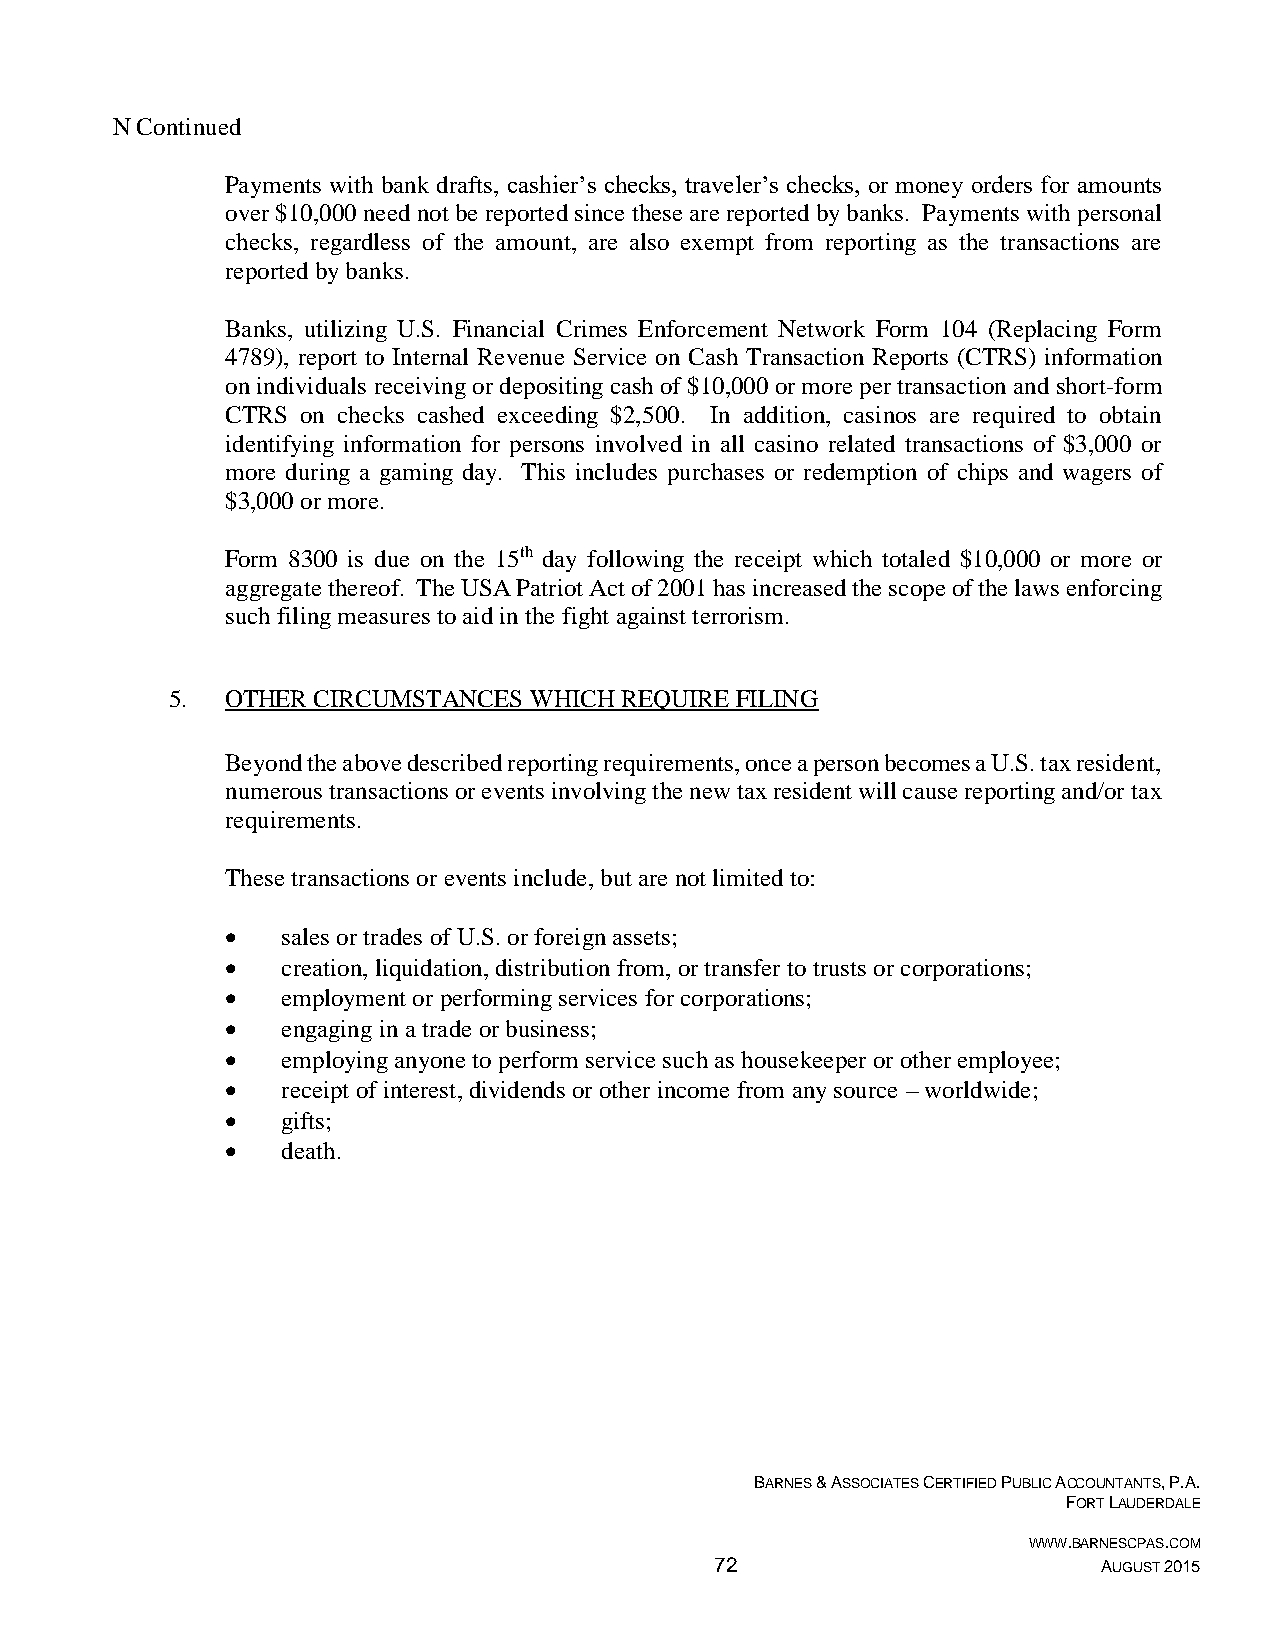
N Continued
 Payments with bank drafts, cashier’s checks, traveler’s checks, or money orders for amounts
 over $10,000 need not be reported since these are reported by banks. Payments with personal
 checks, regardless of the amount, are also exempt from reporting as the transactions are
 reported by banks.
 Banks, utilizing U.S. Financial Crimes Enforcement Network Form 104 (Replacing Form
 4789), report to Internal Revenue Service on Cash Transaction Reports (CTRS) information
 on individuals receiving or depositing cash of $10,000 or more per transaction and short-form
 CTRS on checks cashed exceeding $2,500. In addition, casinos are required to obtain
 identifying information for persons involved in all casino related transactions of $3,000 or
 more during a gaming day. This includes purchases or redemption of chips and wagers of
 $3,000 or more.
 Form 8300 is due on the 15th day following the receipt which totaled $10,000 or more or
 aggregate thereof. The USA Patriot Act of 2001 has increased the scope of the laws enforcing
 such filing measures to aid in the fight against terrorism.
 5.  OTHER CIRCUMSTANCES WHICH REQUIRE FILING
 Beyond the above described reporting requirements, once a person becomes a U.S. tax resident,
 numerous transactions or events involving the new tax resident will cause reporting and/or tax
 requirements.
 These transactions or events include, but are not limited to:
    sales or trades of U.S. or foreign assets;
    creation, liquidation, distribution from, or transfer to trusts or corporations;
    employment or performing services for corporations;
    engaging in a trade or business;
    employing anyone to perform service such as housekeeper or other employee;
    receipt of interest, dividends or other income from any source – worldwide;
    gifts;
    death.
 BARNES & ASSOCIATES CERTIFIED PUBLIC ACCOUNTANTS, P.A.
 FORT LAUDERDALE
 WWW.BARNESCPAS.COM
 72                        AUGUST 2015